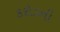
કરોડની